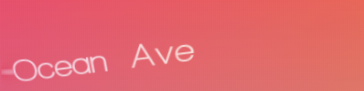
Ocean Ave